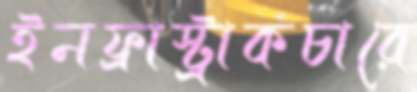
ইনফ্রাস্ট্রাকচারে